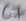
Text: C7